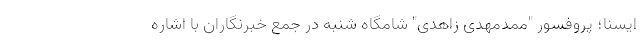
ایسنا؛ پروفسور "ممدمهدی زاهدی" شامگاه شنبه در جمع خبرنگاران با اشاره